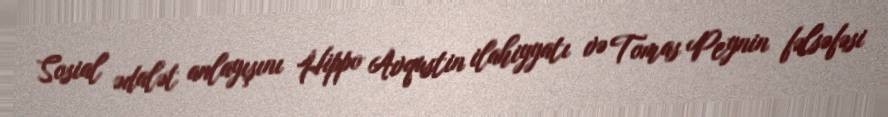
Sosial ədalət anlayışını Hippo Avqustin ilahiyyatı və Tomas Peynin fəlsəfəsi